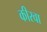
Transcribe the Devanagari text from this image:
कीरवा